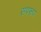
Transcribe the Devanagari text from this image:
सपरूप